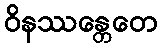
ဝိနဿန္တေတေ